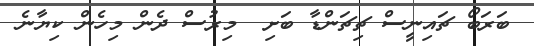
ބަރަބޯ ޗައިނީސް ޗިޗަންޑާ ބަށި  މިރުސް ދެން މިހެން ކިޔާނެ